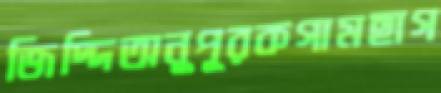
জিদ্দিঅনুপূরকগামছাগ